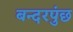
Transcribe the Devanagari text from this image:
बन्दरपुंछ